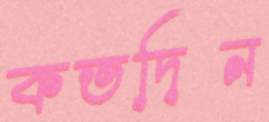
কতদিন